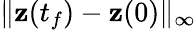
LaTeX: \| \mathbf{z}(t_{f})-\mathbf{z}(0)\| _{\infty}